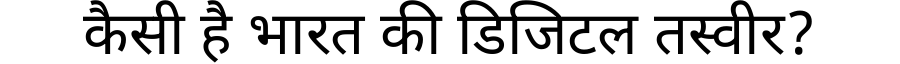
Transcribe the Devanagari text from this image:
कैसी है भारत की डिजिटल तस्वीर?